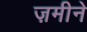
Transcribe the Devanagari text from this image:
ज़मीने